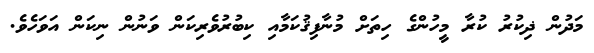
މަދުން ޛިކުރު ކުރާ މީހުންގެ ހިތަށް މުނާފިޤުކަމާއި ކިބުރުވެރިކަން ވަނުން ނިކަން އަވަހެވެ.